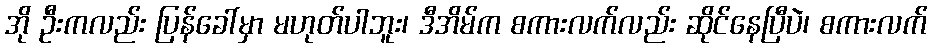
အို ဦးကလည်း ပြန်ခေါ်မှာ မဟုတ်ပါဘူး၊ ဒီအိမ်က စကားလက်လည်း ဆိုင်နေပြီပဲ၊ စကားလက်